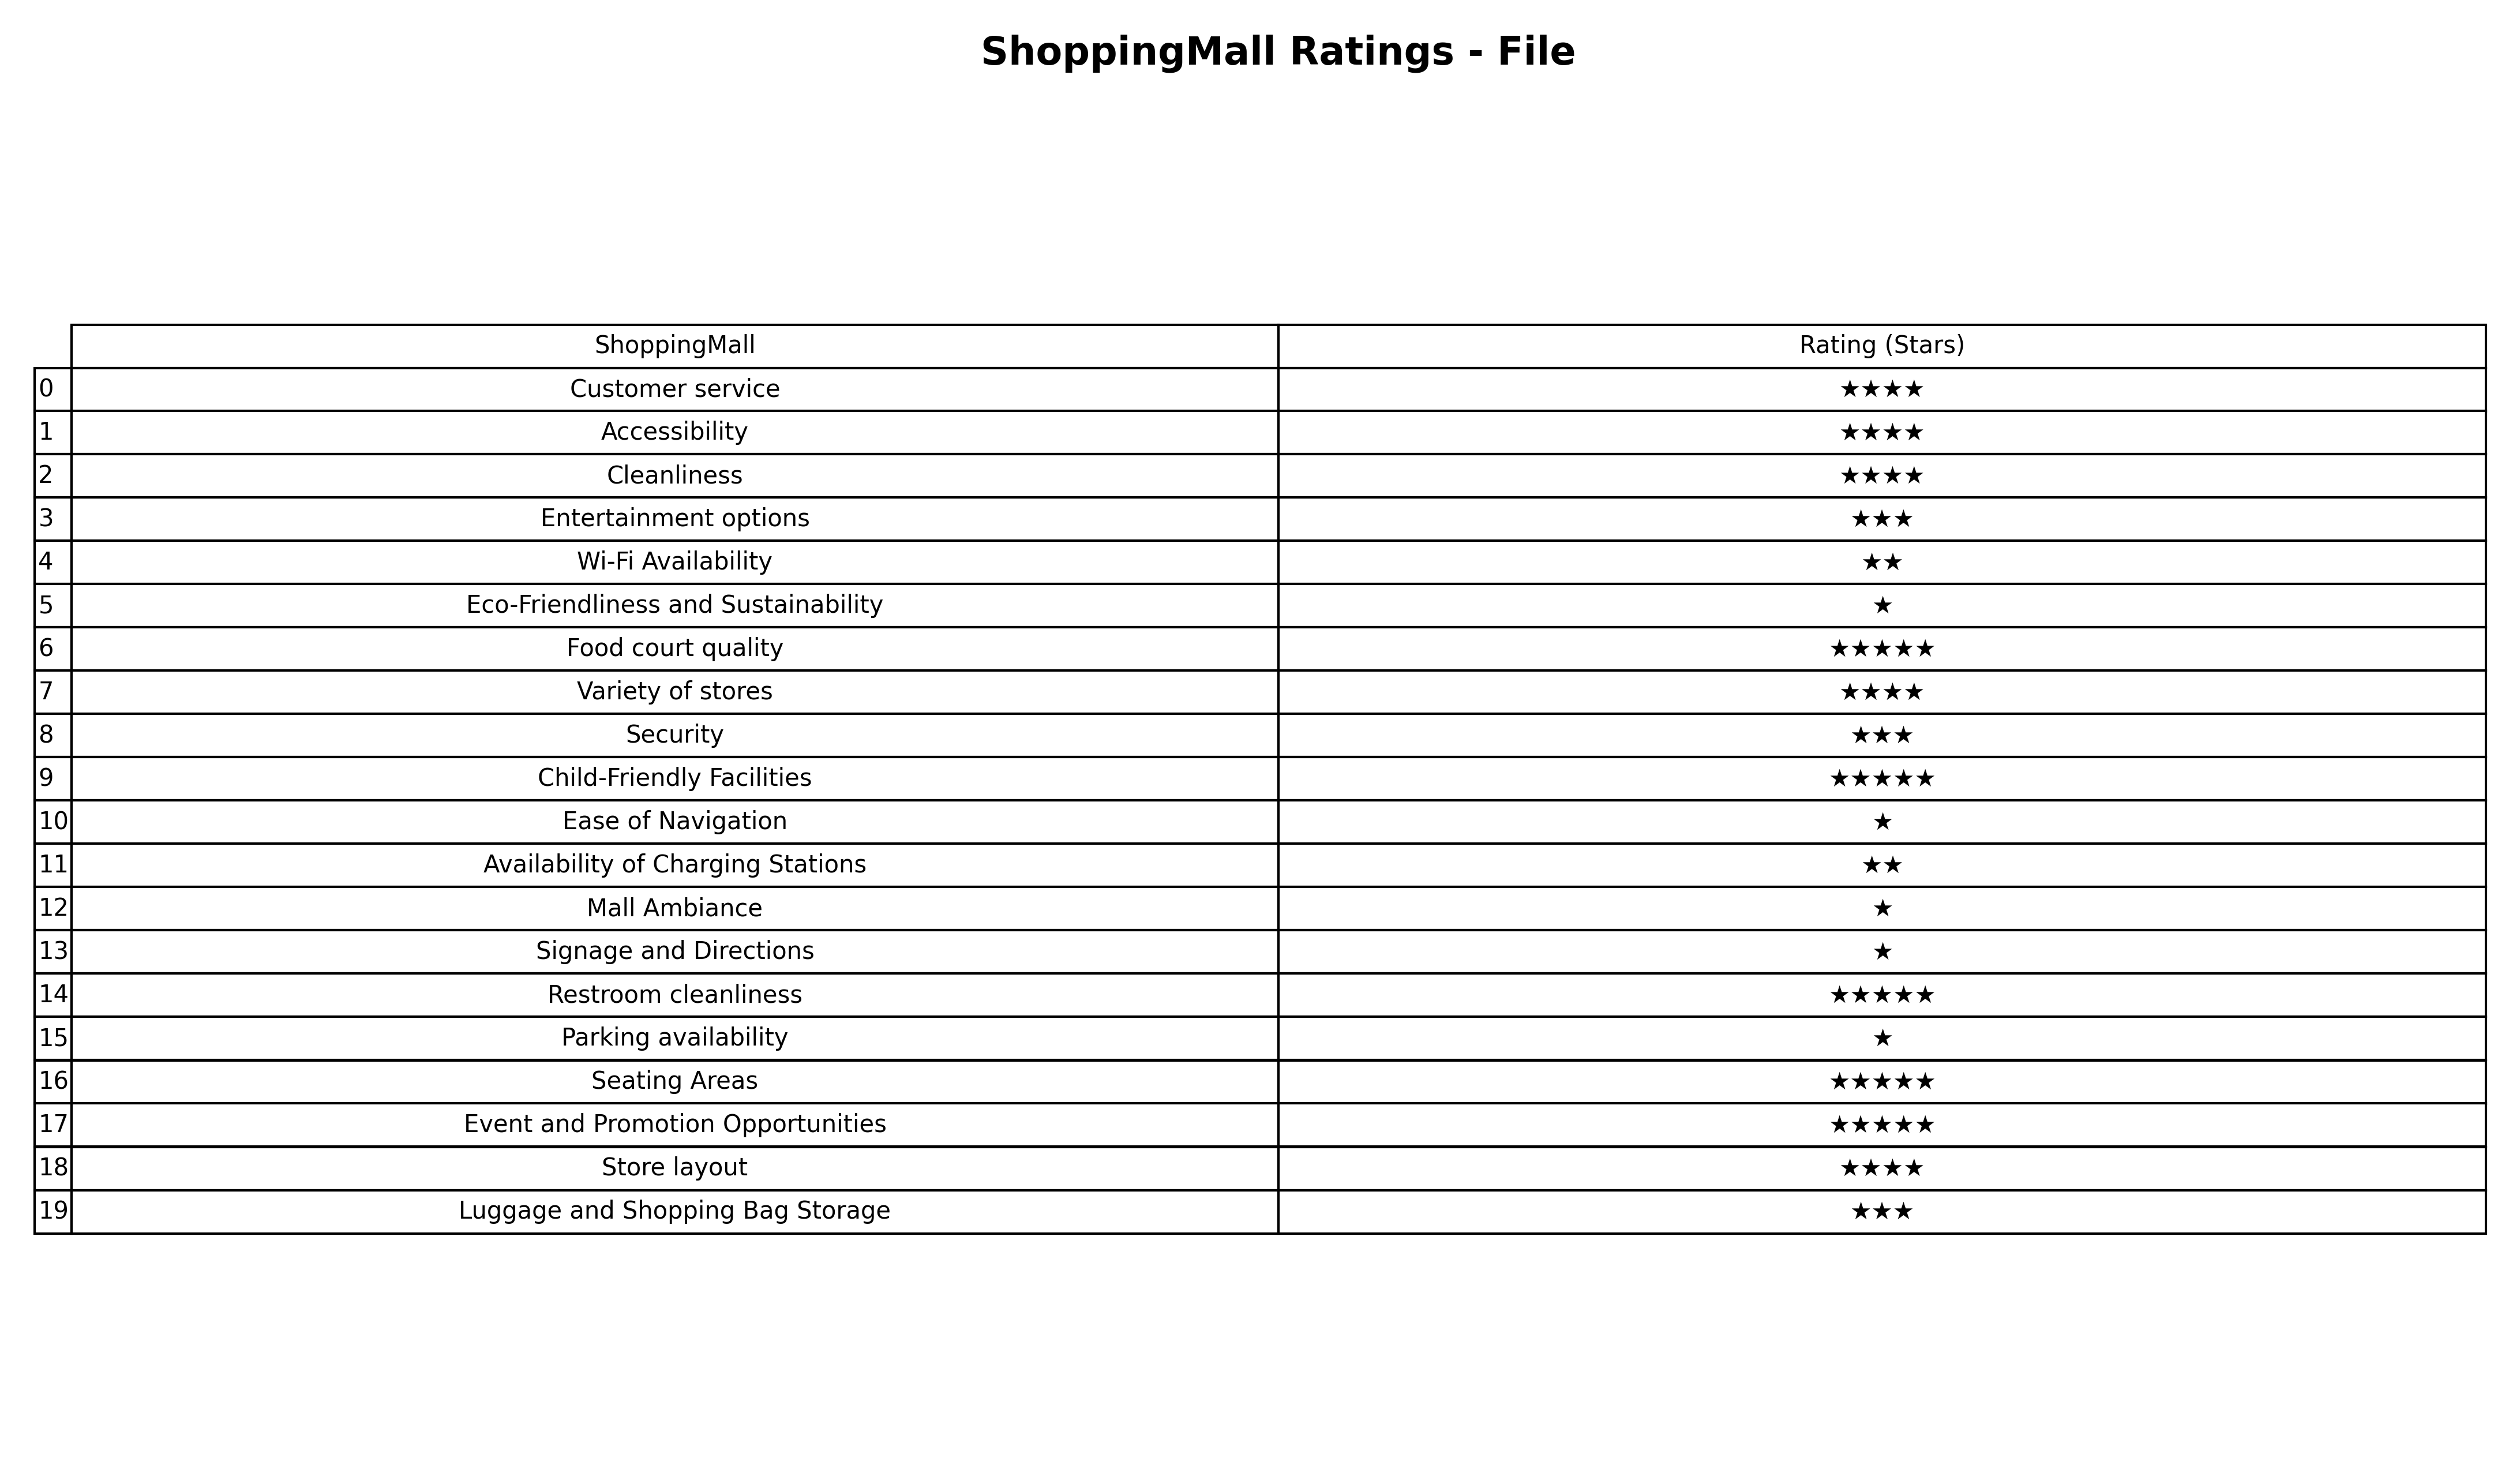
question: What are five star services?
answer: Food court qualityChild-Friendly FacilitiesRestroom cleanlinessSeating AreasEvent and Promotion Opportunities